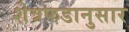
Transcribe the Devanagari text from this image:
शेत्रफडानुसार